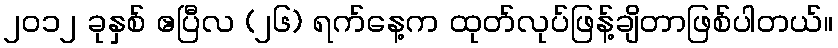
၂၀၁၂ ခုနှစ် ဧပြီလ (၂၆) ရက်နေ့က ထုတ်လုပ်ဖြန့်ချိတာဖြစ်ပါတယ်။